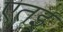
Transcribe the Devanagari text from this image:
एतइ